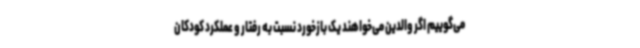
می‌گوییم اگر والدین می‌خواهند یک بازخورد نسبت به رفتار و عملکرد کودکان